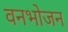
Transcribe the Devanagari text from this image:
वनभोजन